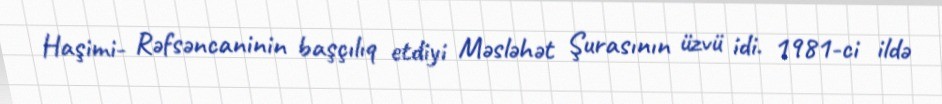
Haşimi- Rəfsəncaninin başçılıq etdiyi Məsləhət Şurasının üzvü idi. 1981-ci ildə